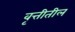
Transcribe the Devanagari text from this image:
वृत्तीतील